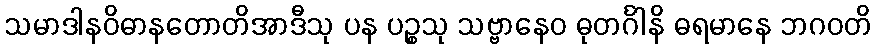
သမာဒါနဝိဓာနတောတိအာဒီသု ပန ပဉ္စသု သဗ္ဗာနေဝ ဓုတင်္ဂါနိ ဓရမာနေ ဘဂဝတိ